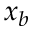
x _ { b }